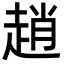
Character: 趙